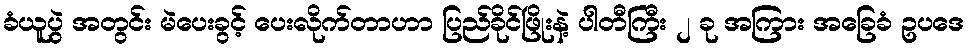
ခံယူပွဲ အတွင်း မဲပေးခွင့် ပေးလိုက်တာဟာ ပြည်ခိုင်ဖြိုးနဲ့ ပါတီကြီး ၂ ခု အကြား အခြေခံ ဥပဒေ